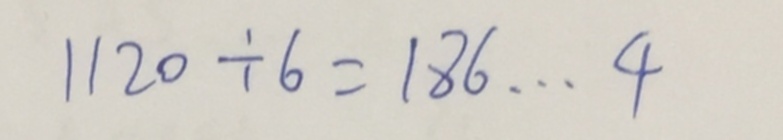
1 1 2 0 \div 6 = 1 8 6 \cdots 4